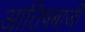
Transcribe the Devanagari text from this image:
आतिषबाजी